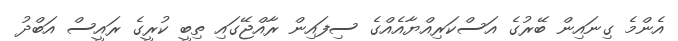
އެންމެ ގިނައިން ބޭރުގެ އަސްކަރިއްޔާއެއްގެ ސިފައިން ރާއްޖޭގައި ތިބީ ކުރީގެ ރައީސް އަބްދު